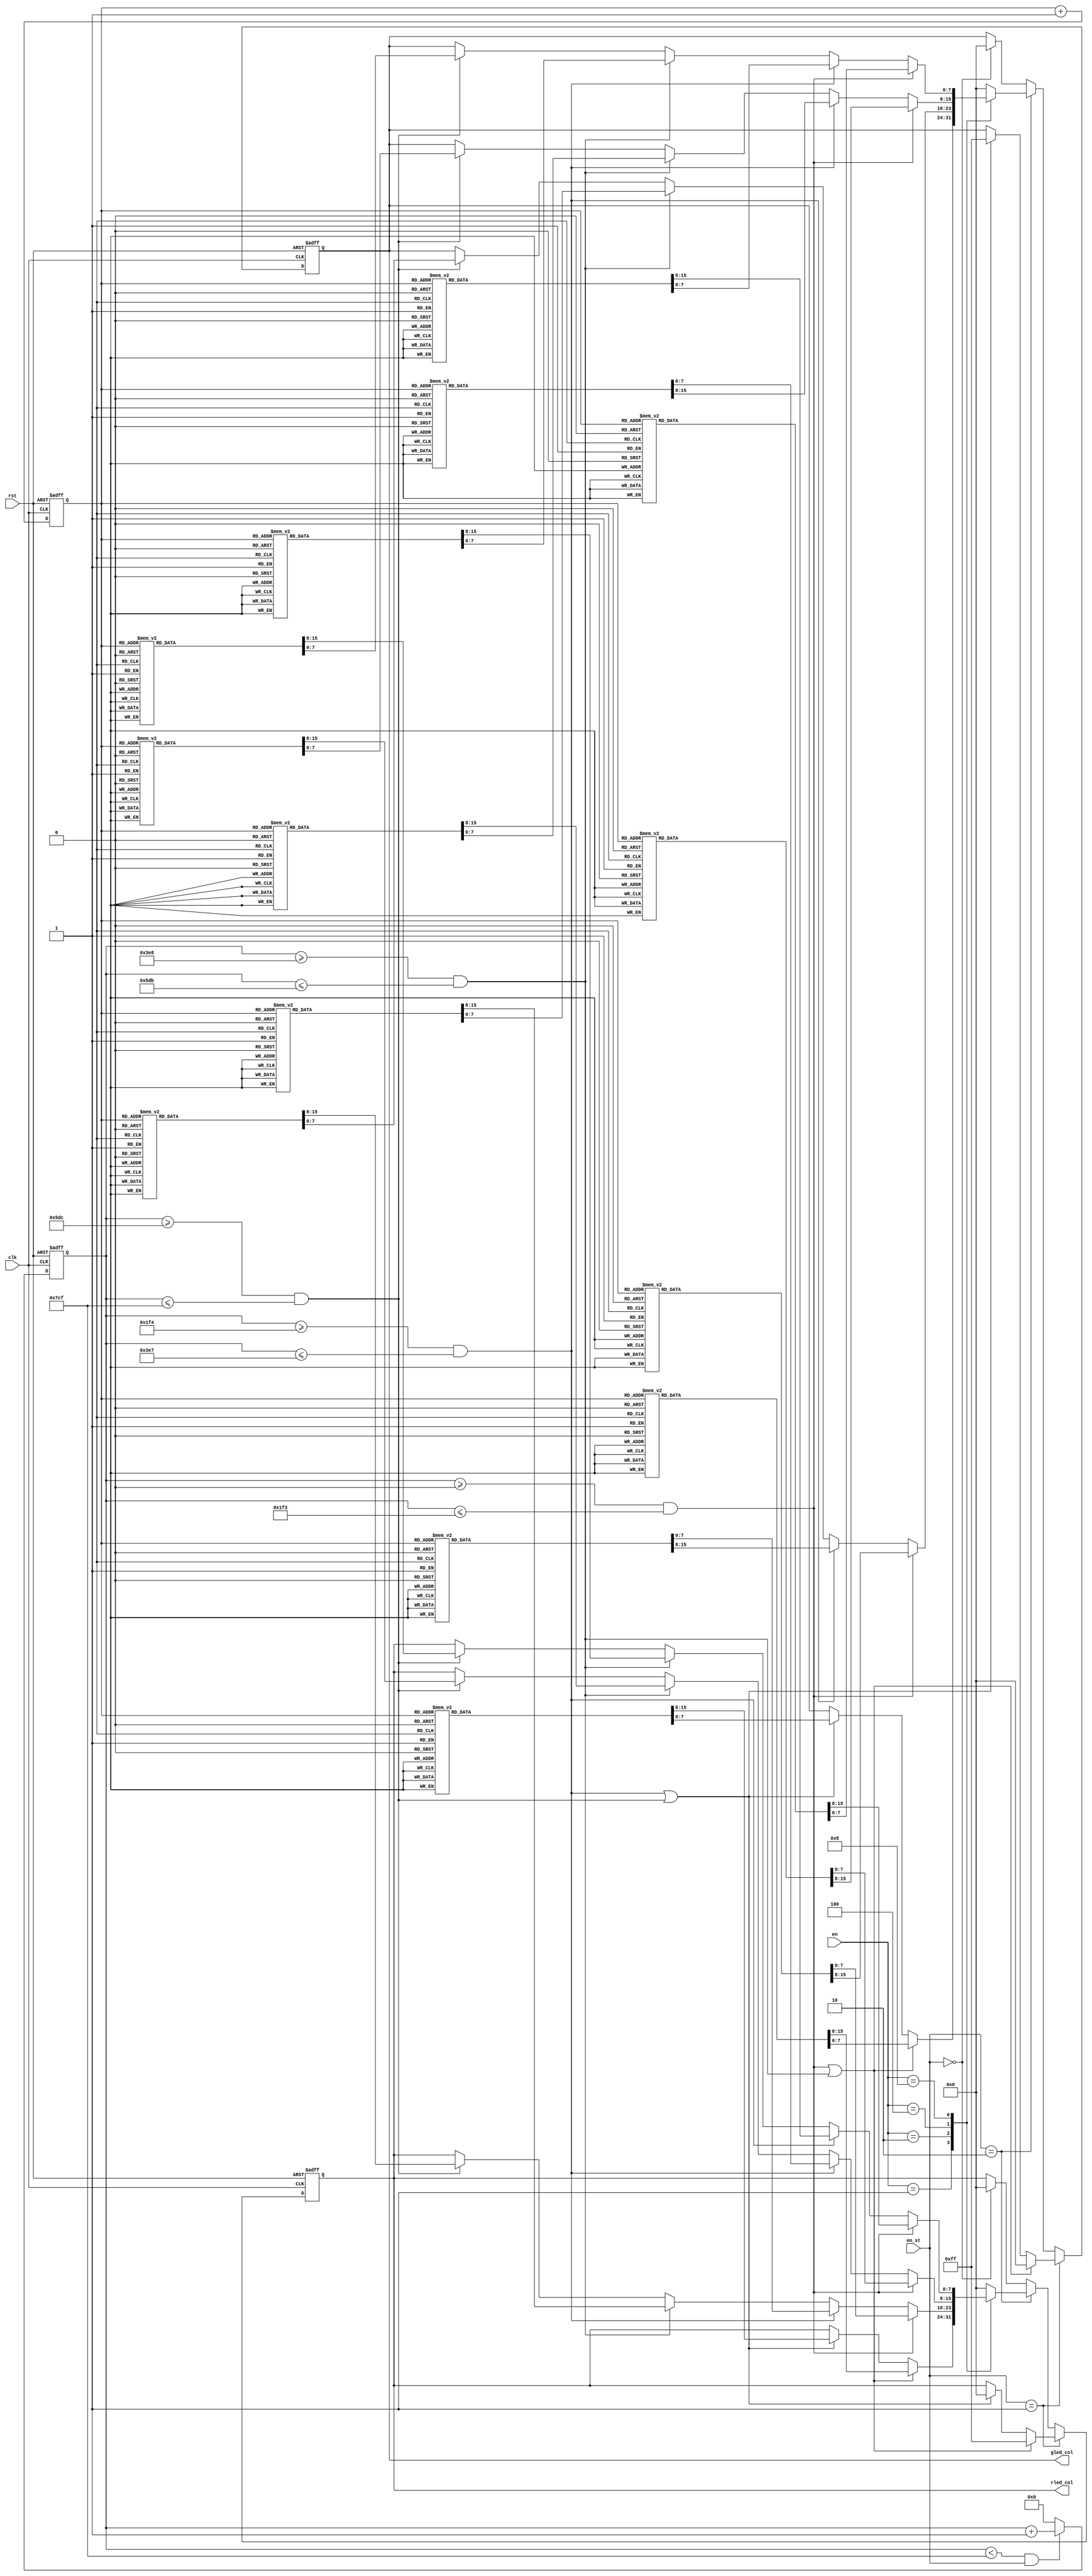
module led_array(
	input clk,
	input [3:0] en,			//
	input [1:0] on_st,
	input rst,
	
	output reg [7:0] rled_col,
	output reg [7:0] gled_col
);
	reg [2:0] cnt;
	reg [10:0] cnt_time;
	
	initial begin
	{rled_col,gled_col} = 16'h0;
	cnt = 3'b000;
	cnt_time = 11'h0;
	end
	
	always @(posedge clk or posedge rst) begin
	if(rst)
	cnt <= 3'b000;
	else 
	cnt <= cnt + 1'b1;
	end
	
	//1ms
	always @(posedge clk or posedge rst) begin
	if(rst)
	cnt_time <= 11'h0;
	else if(cnt_time < 11'h7cf && on_st)
	cnt_time <= cnt_time + 1'b1;
	else 
	cnt_time <= 0;
	end
	
	//
	always @(posedge clk or posedge rst) begin
	if(rst)	begin
	{rled_col,gled_col} <= 16'h0;
	end
	
	else if(on_st == 2'b01) begin
	if((cnt_time >= 11'h0 && cnt_time <= 11'h1f3)||(cnt_time >= 11'h3e8 && cnt_time <= 11'h5db)) begin 
	rled_col <= 8'b11111111; gled_col <= 8'b00000000;
	end
	else if((cnt_time >= 11'h1f4 && cnt_time <= 11'h3e7)||(cnt_time >= 11'h5dc && cnt_time <= 11'h7cf)) begin
	rled_col <= 8'b00000000; gled_col <= 8'b11111111; end
	end
	
	//2s
	else if(on_st == 2'b10) begin
	case(en)
	
	//
	4'b0001: begin
		if( (cnt_time >= 10'h0 && cnt_time <= 11'h1f3) || (cnt_time >= 11'h3e8 && cnt_time <= 11'h5db) )
		begin
		//1, 0.5s
		case(cnt)
		3'b000: begin gled_col <= 8'b10000111; rled_col <= 8'b00000000; end
		3'b001: begin gled_col <= 8'b11000110; rled_col <= 8'b00000000; end
		3'b010: begin gled_col <= 8'b11100100; rled_col <= 8'b00000000; end
		3'b011: begin gled_col <= 8'b00011000; rled_col <= 8'b00000000; end
		3'b100: begin gled_col <= 8'b00011000; rled_col <= 8'b00000000; end
		3'b101: begin gled_col <= 8'b00100111; rled_col <= 8'b00000000; end
		3'b110: begin gled_col <= 8'b01100011; rled_col <= 8'b00000000; end
		3'b111: begin gled_col <= 8'b11100001; rled_col <= 8'b00000000; end
		endcase 
		end
		else if( (cnt_time >= 11'h1f4 && cnt_time <= 11'h3e7) || (cnt_time >= 11'h5dc && cnt_time <= 11'h7cf) ) 
		begin
		//2 0.5s
		case(cnt)
		3'b000: begin gled_col <= 8'b00001000; rled_col <= 8'b00000000; end
		3'b001: begin gled_col <= 8'b00011000; rled_col <= 8'b00000000; end
		3'b010: begin gled_col <= 8'b00001000; rled_col <= 8'b00000000; end
		3'b011: begin gled_col <= 8'b11111010; rled_col <= 8'b00000000; end
		3'b100: begin gled_col <= 8'b01011111; rled_col <= 8'b00000000; end
		3'b101: begin gled_col <= 8'b00010000; rled_col <= 8'b00000000; end
		3'b110: begin gled_col <= 8'b00011000; rled_col <= 8'b00000000; end
		3'b111: begin gled_col <= 8'b00010000; rled_col <= 8'b00000000; end
		endcase
		end
	end
	
	//
	4'b0010: begin
		if(cnt_time >= 11'h0 && cnt_time <= 11'h1f3) begin
		//1, 0.5s
		case(cnt)
		3'b000: begin rled_col <= 8'b00000111; gled_col <= 8'b11100000; end
		3'b001: begin rled_col <= 8'b00000011; gled_col <= 8'b11000000; end
		3'b010: begin rled_col <= 8'b00000101; gled_col <= 8'b10100000; end
		3'b011: begin rled_col <= 8'b00001000; gled_col <= 8'b00010000; end
		3'b100: begin rled_col <= 8'b00010000; gled_col <= 8'b00001000; end
		3'b101: begin rled_col <= 8'b10100000; gled_col <= 8'b00000101; end
		3'b110: begin rled_col <= 8'b11000000; gled_col <= 8'b00000011; end
		3'b111: begin rled_col <= 8'b11100000; gled_col <= 8'b00000111; end
		endcase
		end
		
		else if(cnt_time >= 11'h1f4 && cnt_time <= 11'h3e7) begin
		//2 0.5s
		case(cnt)
		3'b000: begin rled_col <= 8'b00000000; gled_col <= 8'b00001000; end
		3'b001: begin rled_col <= 8'b00000000; gled_col <= 8'b00011100; end
		3'b010: begin rled_col <= 8'b01000000; gled_col <= 8'b00001000; end
		3'b011: begin rled_col <= 8'b11110010; gled_col <= 8'b00001000; end
		3'b100: begin rled_col <= 8'b01001111; gled_col <= 8'b00010000; end
		3'b101: begin rled_col <= 8'b00000010; gled_col <= 8'b00010000; end
		3'b110: begin rled_col <= 8'b00000000; gled_col <= 8'b00111000; end
		3'b111: begin rled_col <= 8'b00000000; gled_col <= 8'b00010000; end
		endcase
		end
		
		else if(cnt_time >= 11'h3e8 && cnt_time <= 11'h5db) begin
		//3 0.5s
		case(cnt)
		3'b000: begin gled_col <= 8'b00000111; rled_col <= 8'b11100000; end
		3'b001: begin gled_col <= 8'b00000011; rled_col <= 8'b11000000; end
		3'b010: begin gled_col <= 8'b00000101; rled_col <= 8'b10100000; end
		3'b011: begin gled_col <= 8'b00001000; rled_col <= 8'b00010000; end
		3'b100: begin gled_col <= 8'b00010000; rled_col <= 8'b00001000; end
		3'b101: begin gled_col <= 8'b10100000; rled_col <= 8'b00000101; end
		3'b110: begin gled_col <= 8'b11000000; rled_col <= 8'b00000011; end
		3'b111: begin gled_col <= 8'b11100000; rled_col <= 8'b00000111; end
		endcase
		end
		
		else if(cnt_time >= 11'h5dc && cnt_time <= 11'h7cf) begin
		//4 0.5s
		case(cnt)
		3'b000: begin gled_col <= 8'b00000000; rled_col <= 8'b00001000; end
		3'b001: begin gled_col <= 8'b00000000; rled_col <= 8'b00011100; end
		3'b010: begin gled_col <= 8'b01000000; rled_col <= 8'b00001000; end
		3'b011: begin gled_col <= 8'b11110010; rled_col <= 8'b00001000; end
		3'b100: begin gled_col <= 8'b01001111; rled_col <= 8'b00010000; end
		3'b101: begin gled_col <= 8'b00000010; rled_col <= 8'b00010000; end
		3'b110: begin gled_col <= 8'b00000000; rled_col <= 8'b00111000; end
		3'b111: begin gled_col <= 8'b00000000; rled_col <= 8'b00010000; end
		endcase
		end
	end
	
	//
	4'b0100: begin
		if(cnt_time >= 11'h0 && cnt_time <= 11'h1f3) begin
		//1, 0.5s
		case(cnt)
		3'b000: begin rled_col <= 8'b11100111; gled_col <= 8'b11100000; end
		3'b001: begin rled_col <= 8'b11000011; gled_col <= 8'b11000000; end
		3'b010: begin rled_col <= 8'b10100101; gled_col <= 8'b10100000; end
		3'b011: begin rled_col <= 8'b00011000; gled_col <= 8'b00010000; end
		3'b100: begin rled_col <= 8'b00011000; gled_col <= 8'b00001000; end
		3'b101: begin rled_col <= 8'b10100101; gled_col <= 8'b00000101; end
		3'b110: begin rled_col <= 8'b11000011; gled_col <= 8'b00000011; end
		3'b111: begin rled_col <= 8'b11100111; gled_col <= 8'b00000111; end
		endcase
		end
		else if(cnt_time >= 11'h1f4 && cnt_time <= 11'h3e7) begin
		//2 0.5s
		case(cnt)
		3'b000: begin rled_col <= 8'b00001000; gled_col <= 8'b00001000; end
		3'b001: begin rled_col <= 8'b00011100; gled_col <= 8'b00011100; end
		3'b010: begin rled_col <= 8'b01001000; gled_col <= 8'b00001000; end
		3'b011: begin rled_col <= 8'b11111010; gled_col <= 8'b00001000; end
		3'b100: begin rled_col <= 8'b01011111; gled_col <= 8'b00010000; end
		3'b101: begin rled_col <= 8'b00010010; gled_col <= 8'b00010000; end
		3'b110: begin rled_col <= 8'b00111000; gled_col <= 8'b00111000; end
		3'b111: begin rled_col <= 8'b00010000; gled_col <= 8'b00010000; end
		endcase
		end
		else if(cnt_time >= 11'h3e8 && cnt_time <= 11'h5db) begin
		//3 0.5s
		case(cnt)
		3'b000: begin gled_col <= 8'b00000111; rled_col <= 8'b11100111; end
		3'b001: begin gled_col <= 8'b00000011; rled_col <= 8'b11000011; end
		3'b010: begin gled_col <= 8'b00000101; rled_col <= 8'b10100101; end
		3'b011: begin gled_col <= 8'b00001000; rled_col <= 8'b00011000; end
		3'b100: begin gled_col <= 8'b00010000; rled_col <= 8'b00011000; end
		3'b101: begin gled_col <= 8'b10100000; rled_col <= 8'b10100101; end
		3'b110: begin gled_col <= 8'b11000000; rled_col <= 8'b11000011; end
		3'b111: begin gled_col <= 8'b11100000; rled_col <= 8'b11100111; end
		endcase
		end
		else if(cnt_time >= 11'h5dc && cnt_time <= 11'h7cf) begin
		//4 0.5s
		case(cnt)
		3'b000: begin gled_col <= 8'b00000000; rled_col <= 8'b00001000; end
		3'b001: begin gled_col <= 8'b00000000; rled_col <= 8'b00011100; end
		3'b010: begin gled_col <= 8'b01000000; rled_col <= 8'b01001000; end
		3'b011: begin gled_col <= 8'b11110010; rled_col <= 8'b11111010; end
		3'b100: begin gled_col <= 8'b01001111; rled_col <= 8'b01011111; end
		3'b101: begin gled_col <= 8'b00000010; rled_col <= 8'b00010010; end
		3'b110: begin gled_col <= 8'b00000000; rled_col <= 8'b00111000; end
		3'b111: begin gled_col <= 8'b00000000; rled_col <= 8'b00010000; end
		endcase
		end
	end
	
	//
	4'b1000: begin
		if(cnt_time >= 11'h0 && cnt_time <= 11'h1f3) begin
		//1, 0.5s
		case(cnt)
		3'b000: begin gled_col <= 8'b10000111; rled_col <= 8'b10000000; end
		3'b001: begin gled_col <= 8'b11000110; rled_col <= 8'b11000000; end
		3'b010: begin gled_col <= 8'b11100100; rled_col <= 8'b11100000; end
		3'b011: begin gled_col <= 8'b00011000; rled_col <= 8'b00010000; end
		3'b100: begin gled_col <= 8'b00011000; rled_col <= 8'b00001000; end
		3'b101: begin gled_col <= 8'b00100111; rled_col <= 8'b00000111; end
		3'b110: begin gled_col <= 8'b01100011; rled_col <= 8'b00000011; end
		3'b111: begin gled_col <= 8'b11100001; rled_col <= 8'b00000001; end
		endcase
		end
		
		else if(cnt_time >= 11'h1f4 && cnt_time <= 11'h3e7) begin
		//2 0.5s
		case(cnt)
		3'b000: begin gled_col <= 8'b00001000; rled_col <= 8'b00001000; end
		3'b001: begin gled_col <= 8'b00011000; rled_col <= 8'b00011000; end
		3'b010: begin gled_col <= 8'b00001000; rled_col <= 8'b00001000; end
		3'b011: begin gled_col <= 8'b11111010; rled_col <= 8'b00001000; end
		3'b100: begin gled_col <= 8'b01011111; rled_col <= 8'b00010000; end
		3'b101: begin gled_col <= 8'b00010000; rled_col <= 8'b00010000; end
		3'b110: begin gled_col <= 8'b00011000; rled_col <= 8'b00011000; end
		3'b111: begin gled_col <= 8'b00010000; rled_col <= 8'b00010000; end
		endcase
		end
		
		else if(cnt_time >= 11'h3e8 && cnt_time <= 11'h5db) begin
		//3 0.5s
		case(cnt)
		3'b000: begin gled_col <= 8'b10000111; rled_col <= 8'b00000111; end
		3'b001: begin gled_col <= 8'b11000110; rled_col <= 8'b00000110; end
		3'b010: begin gled_col <= 8'b11100100; rled_col <= 8'b00000100; end
		3'b011: begin gled_col <= 8'b00011000; rled_col <= 8'b00001000; end
		3'b100: begin gled_col <= 8'b00011000; rled_col <= 8'b00010000; end
		3'b101: begin gled_col <= 8'b00100111; rled_col <= 8'b00100000; end
		3'b110: begin gled_col <= 8'b01100011; rled_col <= 8'b01100000; end
		3'b111: begin gled_col <= 8'b11100001; rled_col <= 8'b11100000; end
		endcase
		end
		
		else if(cnt_time >= 11'h5dc && cnt_time <= 11'h7cf) begin
		//4 0.5s
		case(cnt)
		3'b000: begin gled_col <= 8'b00001000; rled_col <= 8'b00000000; end
		3'b001: begin gled_col <= 8'b00011000; rled_col <= 8'b00000000; end
		3'b010: begin gled_col <= 8'b00001000; rled_col <= 8'b00000000; end
		3'b011: begin gled_col <= 8'b11111010; rled_col <= 8'b11110010; end
		3'b100: begin gled_col <= 8'b01011111; rled_col <= 8'b01001111; end
		3'b101: begin gled_col <= 8'b00010000; rled_col <= 8'b00000000; end
		3'b110: begin gled_col <= 8'b00011000; rled_col <= 8'b00000000; end
		3'b111: begin gled_col <= 8'b00010000; rled_col <= 8'b00000000; end
		endcase
		end
	end
	
	default: {gled_col,rled_col} <= 16'h0;
	endcase
	end
	
	else if(on_st == 2'b00) begin
	{rled_col,gled_col} <= 16'h0;
	end
	end
endmodule